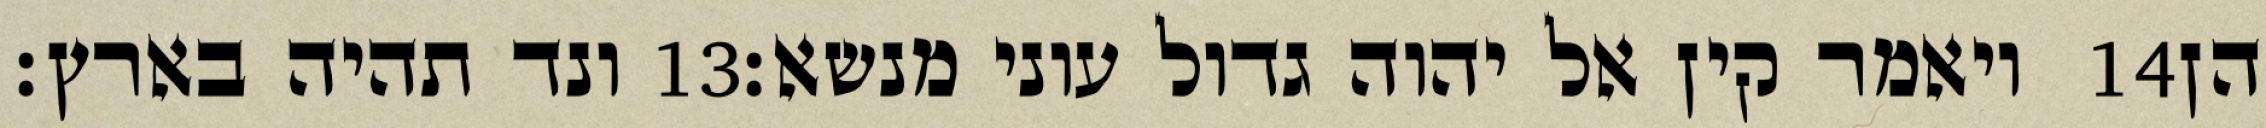
ונד תהיה בארץ׃ ‎13‏ ויאמר קין אל יהוה גדול עוני מנשא׃ ‎14‏ הן